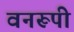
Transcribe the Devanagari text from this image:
वनरूपी